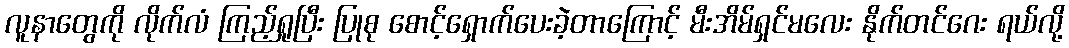
လူနာတွေကို လိုက်လံ ကြည့်ရှုပြီး ပြုစု စောင့်ရှောက်ပေးခဲ့တာကြောင့် မီးအိမ်ရှင်မလေး နိုက်တင်ဂေး ရယ်လို့